Alphabetical list of drugs, medicines and other preparations free from, and containing, spirit compiled from the results of tests made by the customs houses at Calcutta, Bombay, and Madras
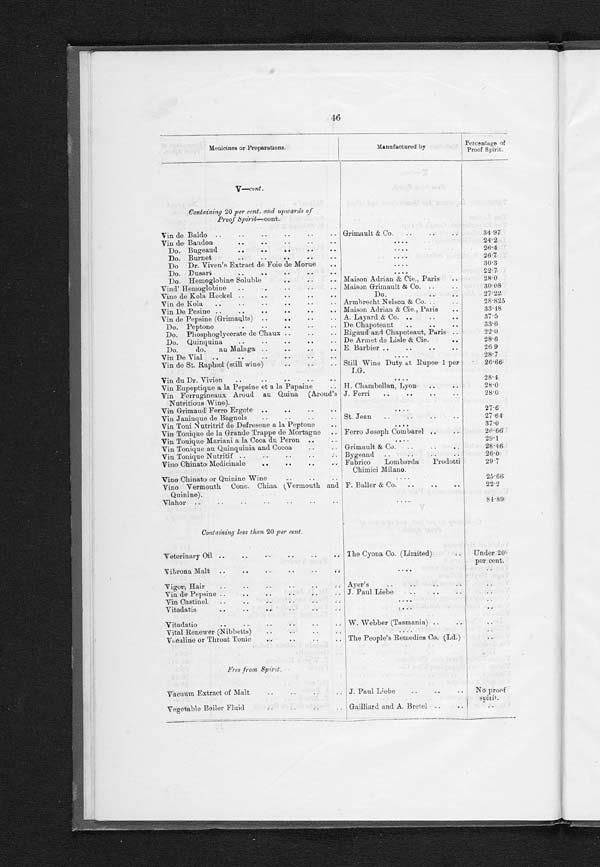
46
Medicines or Preparations.
Manufactured by
Percentage of
Proof Spirit.
V ―
c o n t .
Containing 20 per cent. and upwards of
Proof Spirit― c o n t .
Vin de Baldo . . .
Grimault & Co . . .
34.97
Vin de Baudon . . .
. . .
24.2
Do. Bugeaud . . .
. . .
26.4
Do. Burnet . . .
. . .
26.7
Do Dr. Viven's Extract de Foie de Morue . . .
. . .
30.3
Do. Dusart . . .
. . .
22.7
Do. Hemoglobine Soluble . . .
Maison Adrian & Cie., Paris . . .
2 8 . 0
Vind' Hemoglobine . . .
M a i s o n G r i m a u l t & C o . . .
30.08
Vine de Kola Heckel . . .
Do. . . .
2 7 . 2 2
Vin de Kola . . .
Armbrecht Nelson & Co. . . .
28.825
V i n D e P e s i n e . . .
Maison Adrian & Cie., Paris . . .
33.48
Vin de Pepsine (Grimaults) . . .
A. Layard & Co. . . .
37.5
Do. Peptone . . .
Chapoteant . . .
33.6
Do. Phosphoglycerate de Chaux . . .
Rigaud and Chapoteaut, Paris . . .
22.0
Do. Quinquina . . .
De Armet de Lisle & Cie. . . .
28.6
Do. do. an Malaga . . .
E. Barbier . . .
26.9
Vin De Vial . . .
. . .
28.7
Vin de St. Raphæl (still wine) . . .
Still Wine Duty at Rupee 1 per
I.G.
26.66
Vin du Dr. Vivien . . .
. . .
28.4
Vin Eupeptique a la Pepsine et a la Papaine . . .
H. Chambollan, Lyon . . .
28.0
Vin Ferrugineaux Aroud an Quina (Aroud's
Nutritious Wine).
J . F e r r i . . .
28.0
Vin Grimaud Ferro Ergote . . .
. . .
27.6
Vin Janinque de Bagnols . . .
St. Jean . . .
27.64
Vin Toni Nutritrif de Defresene a la Peptone . . .
. . .
37.0
Vin Tonique de la Grande Trappe de Mortagne . . .
Ferro Joseph Combarel . . .
26.66
Vin Tonique Mariani a la Coca du Peron . . .
. . .
29.1
Vin Tonique an Quinquinia and Cocoa . . .
Grimault & Co.
. . .
28.46
Vin Tonique Nutritif . . .
Bygeand . . .
26.0
Vino Chinato Medicinale . . .
Fabrico Lombarda Prodotti
Chimici Milano.
29.7
Vino Chinato or Quinine Wine . . .
. . .
25.66
Vino Vermouth Cone. China (Vermouth and
Quinine).
F. Baller & Co. . . .
22.2
Vlahor . . .
. . .
84.89
Containing less than 20 per cent .
Veterinary Oil . . .
The Cyona Co. (Limited) . . .
Under 20
per cent.
Vibrona Malt . . .
. . .
. . .
Vigor, Hair . . .
Ayer's . . .
. . .
Vin de Pepsine . . .
J. Paul Liebe . . .
. . .
Vin Castinel . . .
. . .
. . .
Vitadatis . . .
. . .
. . .
Vitadatio . . .
W. Webber (Tasmania) . . .
. . .
Vital Renewer (Nibbetts) . . .
. . .
. . .
Vocaline or Throat Tonic . . .
The People's Remedies Co. (Ld.)
. . .
Free from Spirit
Vacuum Extract of Malt . . .
J. Paul Liebe . . .
No proof
s p i r i t .
Vegetable Boiler Fluid . . .
Gailliard and A. Bretel . . .
. . .